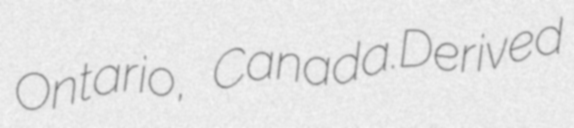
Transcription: Ontario, Canada.Derived